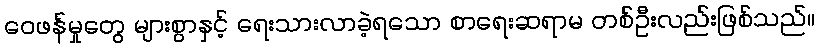
ဝေဖန်မှုတွေ များစွာနှင့် ရေးသားလာခဲ့ရသော စာရေးဆရာမ တစ်ဦးလည်းဖြစ်သည်။